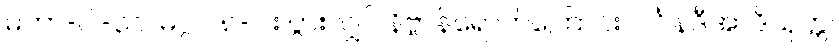
မဟာ-ပါ-၃၀၊ မဂ္ဂင် ၈-ပါး ပွားလျှင် နိဗ္ဗာန်ရောက်ကြောင်း၊ ဂင်္ဂါနဒီအာဒိသုတ္တ၊